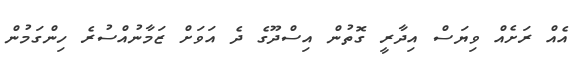
އެއް ރަށެއް ވިޔަސް އިދާރީ ގޮތުން އިސްދޫގެ ދެ އަވަށް ޒަމާނުއްސުރެ ހިންގަމުން